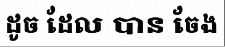
ដូច ដែល បាន ចែង